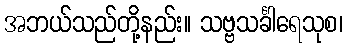
အဘယ်သည်တို့နည်း။ သဗ္ဗသင်္ခါရေသုစ၊